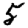
Digit: 5